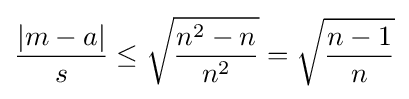
{\frac {|m-a|}{s}}\leq {\sqrt {\frac {n^{2}-n}{n^{2}}}}={\sqrt {\frac {n-1}{n}}}